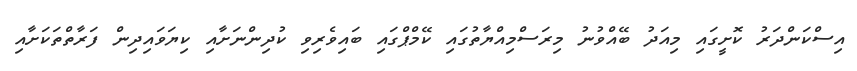
އިސްކަންދަރު ކޮށީގައި މިއަދު ބޭއްވުނު މިރަސްމިއްޔާތުގައި ކޭމްޕްގައި ބައިވެރިވި ކުދިންނަށާއި ކިޔަވައިދިން ފަރާތްތަކަށާއި